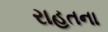
રાહતના